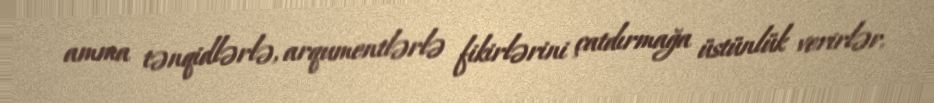
amma tənqidlərlə, arqumentlərlə fikirlərini çatdırmağa üstünlük verirlər.